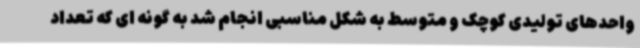
واحدهای تولیدی کوچک و متوسط به شکل مناسبی انجام شد به گونه ای که تعداد